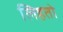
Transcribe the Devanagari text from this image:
लिहतो